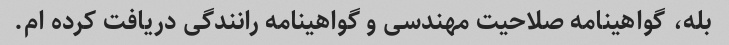
بله، گواهینامه صلاحیت مهندسی و گواهینامه رانندگی دریافت کرده ام.